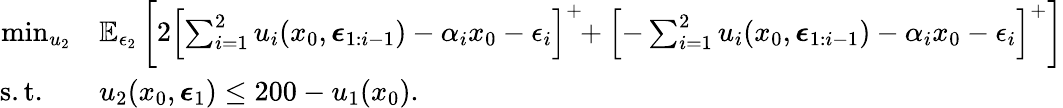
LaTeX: \begin{array}{rl}{\operatorname*{min}_{u_{2}}}&{\mathbb{E}_{\epsilon_{2}}\left[2\left[\sum_{i=1}^{2}u_{i}(x_{0},\boldsymbol{\epsilon}_{1:i-1})-\alpha_{i}x_{0}-\epsilon_{i}\right]^{+}\! \! +\left[-\sum_{i=1}^{2}u_{i}(x_{0},\boldsymbol{\epsilon}_{1:i-1})-\alpha_{i}x_{0}-\epsilon_{i}\right]^{+}\right]}\\ {\mathrm{s.t.}\quad}&{u_{2}(x_{0},\boldsymbol{\epsilon}_{1})\leq 200-u_{1}(x_{0}).}\end{array}